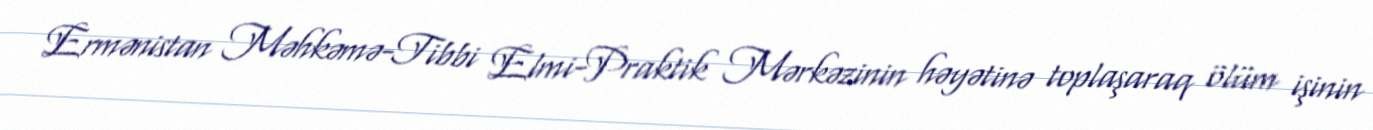
Ermənistan Məhkəmə-Tibbi Elmi-Praktik Mərkəzinin həyətinə toplaşaraq ölüm işinin